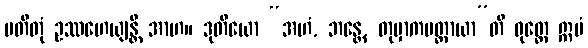
ပတိတုံ ဥဿဟေယျန္တိ အာဟ။ ဒုတိယော “အဟံ, ဘန္တေ, တုမှာကမတ္ထာယာ”တိ ဝုတ္တေ ဣမံ